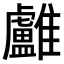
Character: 𩁨